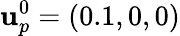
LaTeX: \mathbf{u}_{p}^{0}=(0.1,0,0)